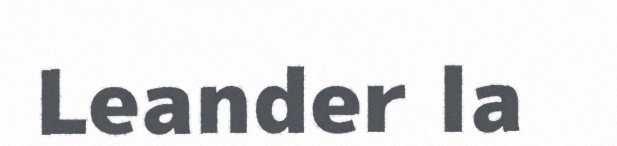
Leander la